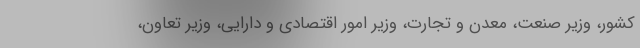
کشور، وزیر صنعت، معدن و تجارت، وزیر امور اقتصادی و دارایی، وزیر تعاون،